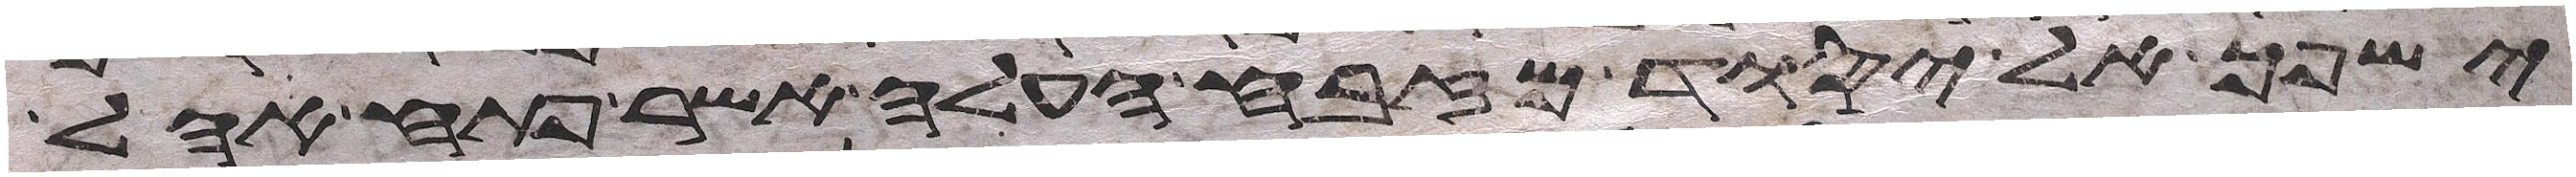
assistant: ישפך אל יסוד מזבח העלה אשר פתח אהל